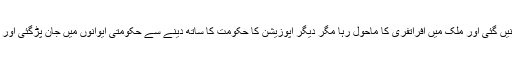
اس تحریک کے کے نتیجے میں کئی لوگوں کی جانیں گئی اور ملک میں افراتفری کا ماحول رہا مگر دیگر اپوزیشن کا حکومت کا ساتھ دینے سے حکومتی ایوانوں میں جان پڑگئی اور حکومت نے احتجاجی تحریک کا ڈٹ کر مقابلہ کیا۔